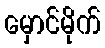
မှောင်မိုက်